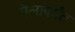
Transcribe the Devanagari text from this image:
मैलांपर्यंत